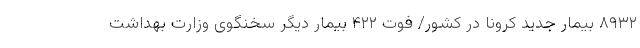
۸۹۳۲ بیمار جدید کرونا در کشور/ فوت ۴۲۲ بیمار دیگر سخنگوی وزارت بهداشت